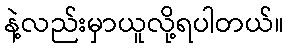
နဲ့လည်းမှာယူလို့ရပါတယ်။